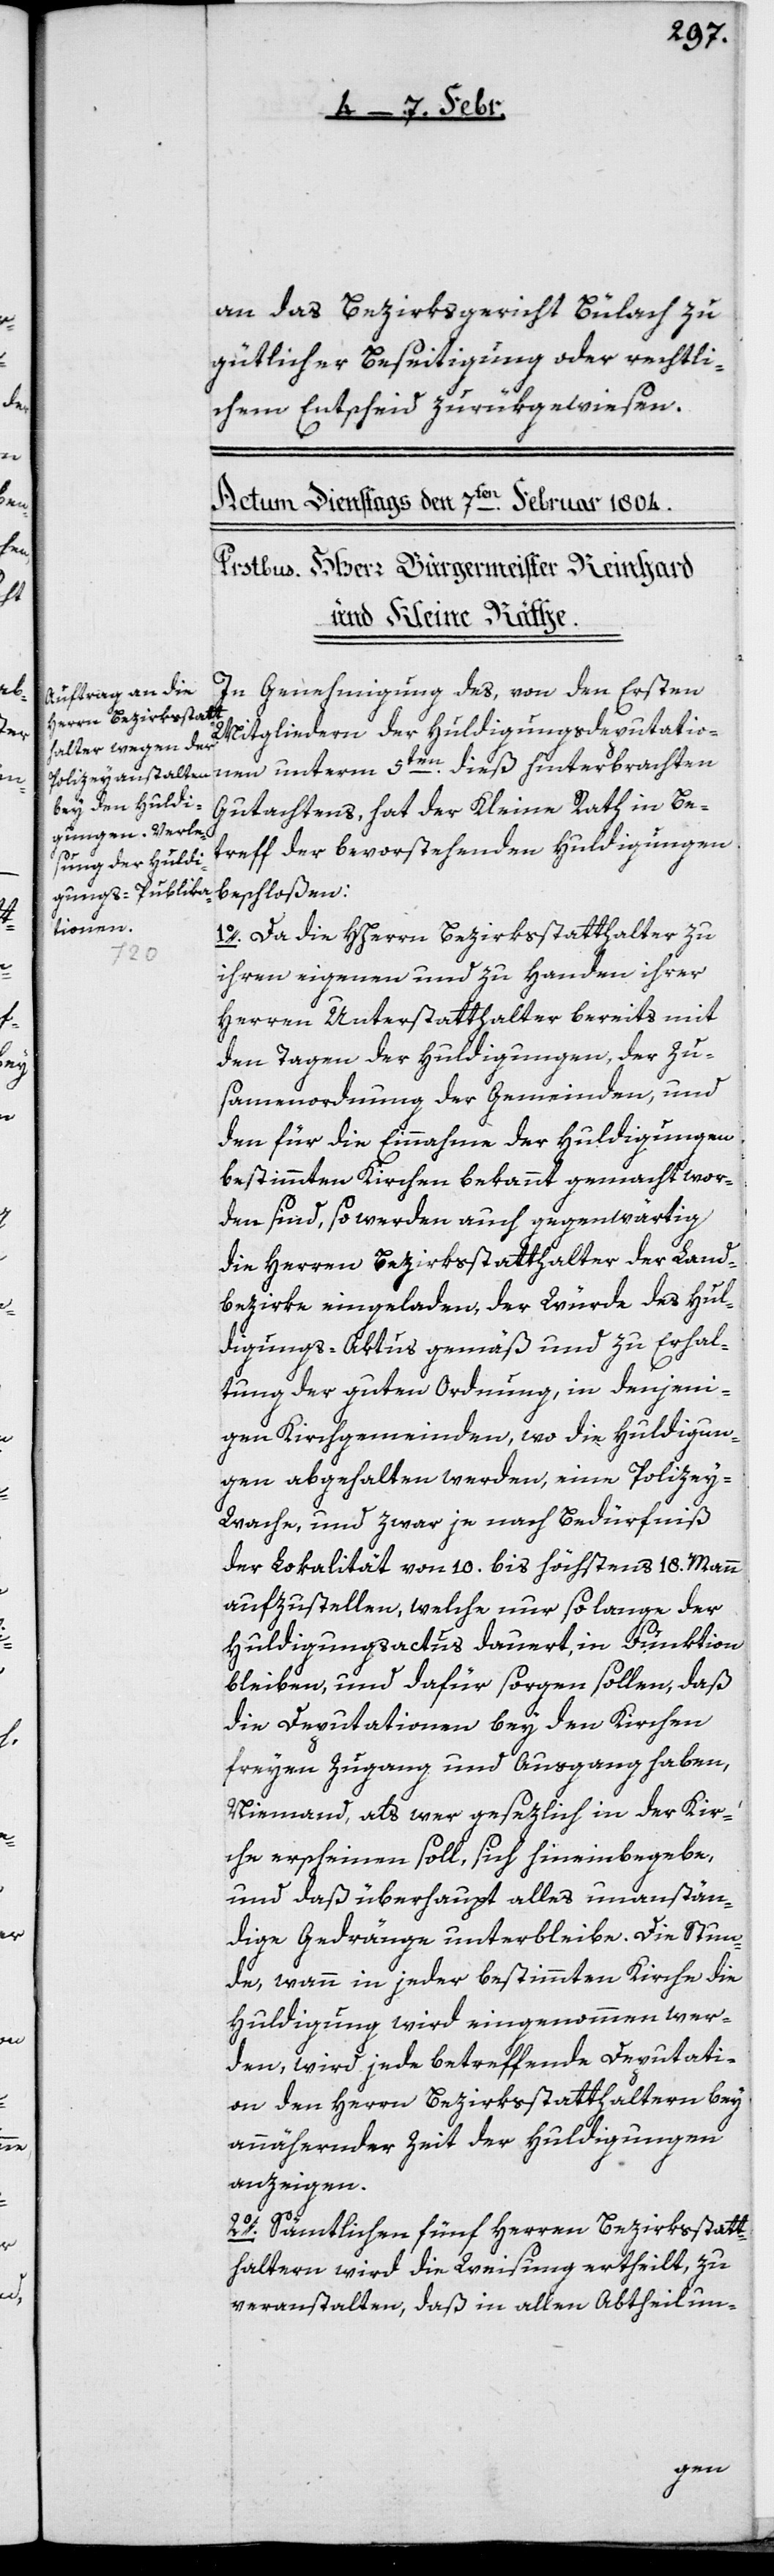
an das Bezirksgericht Bülach zu
gütlicher Beseitigung oder rechtli¬
chem Entscheid zurükgewiesen.
In Genehmigung des, von den Ersten
Mitgliedern der Huldigungsdeputatio¬
nen unterm 5ten. dieß hinterbrachten
Gutachtens, hat der Kleine Rath in Be¬
treff der bevorstehenden Huldigungen
beschloßen:
1o. Da die HHerrn Bezirksstatthalter zu
ihren eigenen und zu Handen ihrer
Herren Unterstatthalter bereits mit
den Tagen der Huldigungen, der Zu¬
samenordnung der Gemeinden, und
den für die Einnahme der Huldigungen
bestimmten Kirchen bekannt gemacht wor¬
den sind, so werden auch gegenwärtig
die Herren Bezirksstatthalter der Land¬
bezirke eingeladen, der Würde des Hul¬
digungs-Aktus gemäß und zu Erhal¬
tung der guten Ordnung, in denjeni¬
gen Kirchgemeinden, wo die Huldigun¬
gen abgehalten werden, eine Polizey-W¬
ache, und zwar je nach Bedürfniß
der Lokalität von 10. bis höchstens 18. Mann
aufzustellen, welche nur solange der
Huldigungsactus dauert, in Funktion
bleiben, und dafür sorgen sollen, daß
die Deputationen bey den Kirchen
freyen Zugang und Ausgang haben,
Niemand, als wer gesezlich in der Kir¬
che erscheinen soll, sich hineinbegebe,
und daß überhaupt alles unanstän¬
dige Gedränge unterbleibe. Die Stun¬
de, wann in jeder bestimmten Kirche die
Huldigung wird eingenommen wer¬
den, wird jede betreffende Deputati¬
on den Herrn Bezirksstatthaltern bey
annähernder Zeit der Huldigungen
anzeigen.
2o. Sämtlichen fünf Herren Bezirksstatt¬
haltern wird die Weisung ertheilt, zu
veranstalten, daß in allen Abtheilun-